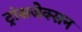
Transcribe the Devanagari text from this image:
ट्रांसजेक्सन